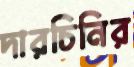
দারচিনির